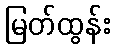
မြတ်ထွန်း